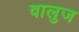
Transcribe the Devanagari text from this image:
वालुज